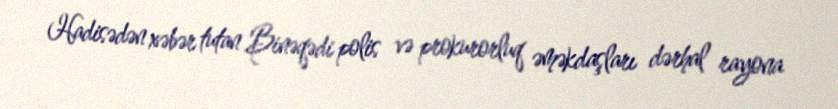
Hadisədən xəbər tutan Binəqədi polis və prokurorluq əməkdaşları dərhal rayona